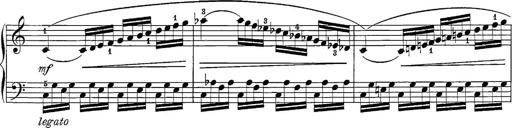
Title: 12 Sonatine per Pianoforte
Composer: Friedrich Kuhlau